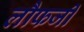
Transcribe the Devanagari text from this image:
लौफर्जी